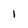
Character: I